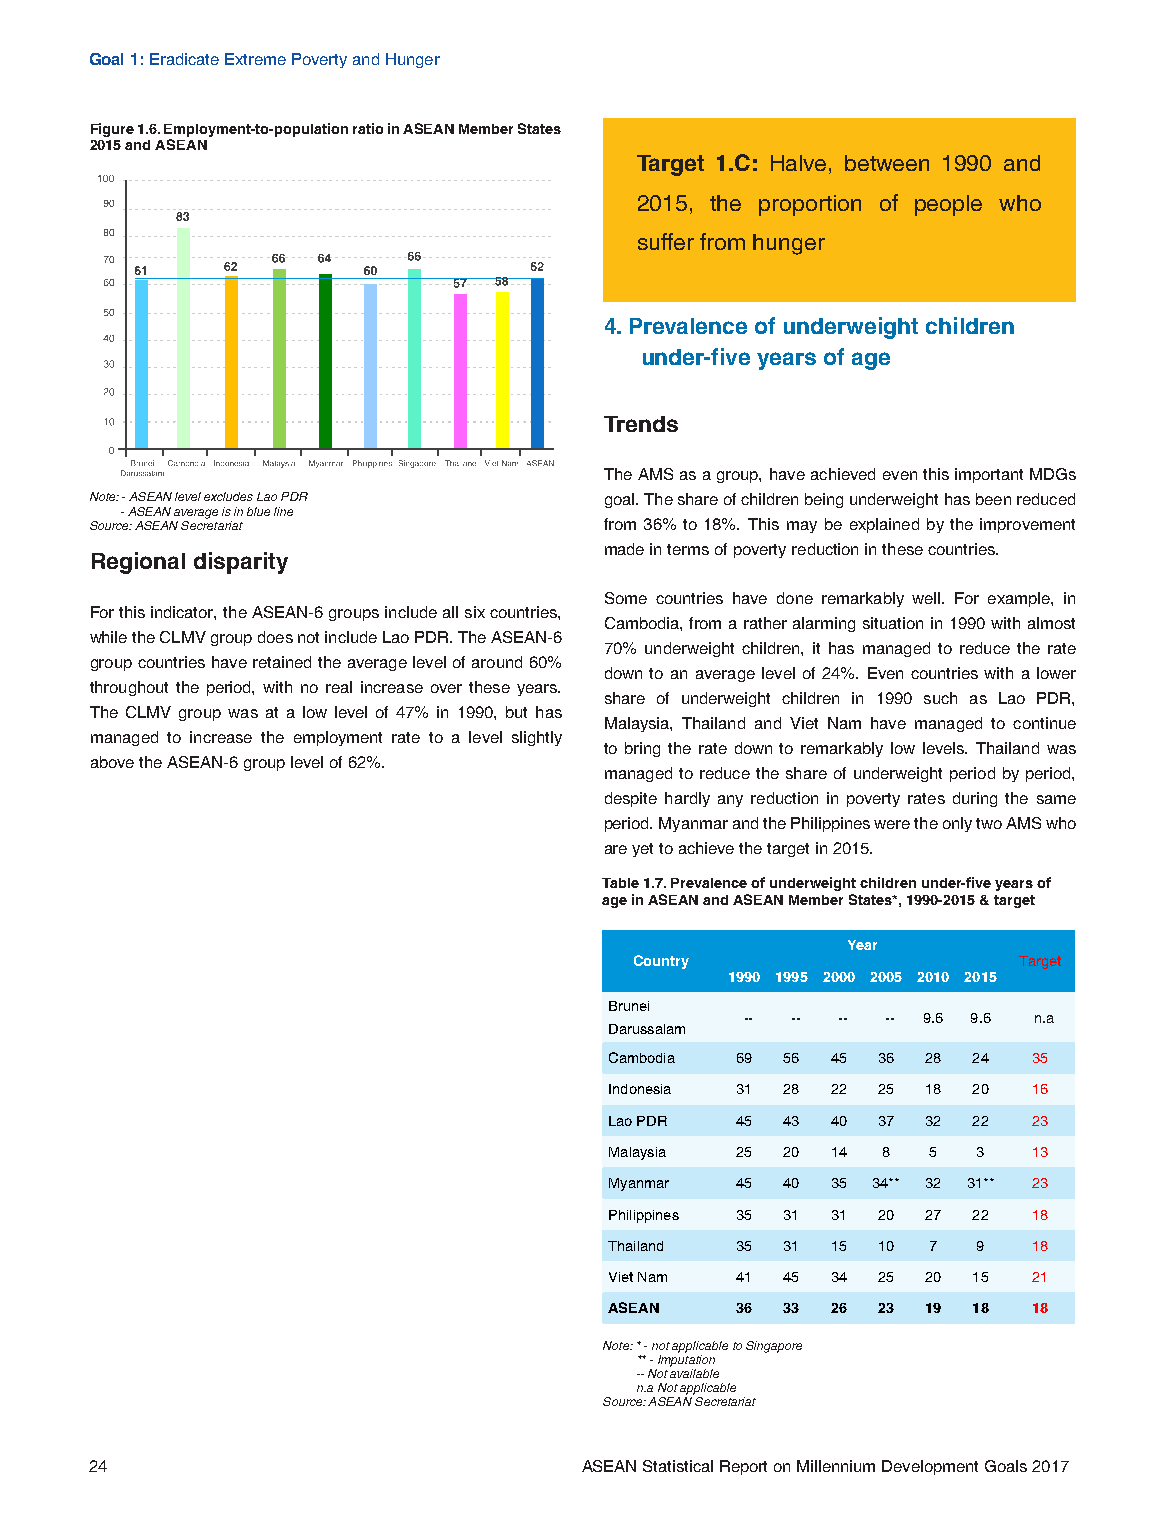
Goal 1: Eradicate Extreme Poverty and Hunger
 Figure 1.6. Employment-to-population ratio in ASEAN Member States
 2015 and ASEAN
 Target 1.C: Halve, between 1990 and
 2015, the proportion of people who
 suffer from hunger
 4. Prevalence of underweight children
 under-five years of age
 Trends
 The AMS as a group, have achieved even this important MDGs
 Note: - ASEAN level excludes Lao PDR goal. The share of children being underweight has been reduced
 - ASEAN average is in blue line
 Source: ASEAN Secretariat         from 36% to 18%. This may be explained by the improvement
 made in terms of poverty reduction in these countries.
 Regional disparity
 Some countries have done remarkably well. For example, in
 For this indicator, the ASEAN-6 groups include all six countries,
 Cambodia, from a rather alarming situation in 1990 with almost
 while the CLMV group does not include Lao PDR. The ASEAN-6
 70% underweight children, it has managed to reduce the rate
 group countries have retained the average level of around 60%
 down to an average level of 24%. Even countries with a lower
 throughout the period, with no real increase over these years.
 share of underweight children in 1990 such as Lao PDR,
 The CLMV group was at a low level of 47% in 1990, but has
 Malaysia, Thailand and Viet Nam have managed to continue
 managed to increase the employment rate to a level slightly
 to bring the rate down to remarkably low levels. Thailand was
 above the ASEAN-6 group level of 62%.
 managed to reduce the share of underweight period by period,
 despite hardly any reduction in poverty rates during the same
 period. Myanmar and the Philippines were the only two AMS who
 are yet to achieve the target in 2015.
 Table 1.7. Prevalence of underweight children under-five years of
 age in ASEAN and ASEAN Member States*, 1990-2015 & target
 Year
 Country                  Target
 1990 1995 2000 2005 2010 2015
 Brunei
 -- -- --  -- 9.6 9.6 n.a
 Darussalam
 Cambodia 69 56 45 36 28 24  35
 Indonesia 31 28 22 25 18 20 16
 Lao PDR  45 43 40 37 32 22  23
 Malaysia 25 20 14 8  5   3  13
 Myanmar  45 40 35 34** 32 31** 23
 Philippines 35 31 31 20 27 22 18
 Thailand 35 31 15 10 7   9  18
 Viet Nam 41 45 34 25 20 15  21
 ASEAN    36 33 26 23 19 18  18
 Note: * - not applicable to Singapore
 ** - Imputation
 -- Not available
 n.a Not applicable
 Source: ASEAN Secretariat
 24                              ASEAN Statistical Report on Millennium Development Goals 2017